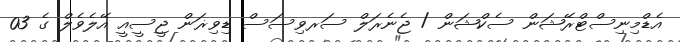
އެޑްމިނިސްޓްރޭޝަން ސެކްޝަން / ޖެނެރަލް ސަރވިސަސް ޑިވިޜަން ޖީސީއީ އޭލެވެލް ގެ 03